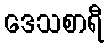
ဒေသစာရီ